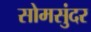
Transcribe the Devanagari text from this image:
सोमसुंदर